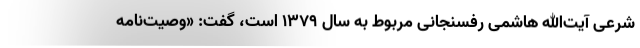
شرعی آیت‌الله هاشمی رفسنجانی مربوط به سال ۱۳۷۹ است، گفت: «وصیت‌نامه